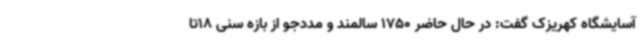
آسایشگاه کهریزک گفت: در حال حاضر 1750 سالمند و مددجو از بازه سنی 18تا